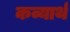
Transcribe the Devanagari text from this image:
कव्यार्थ